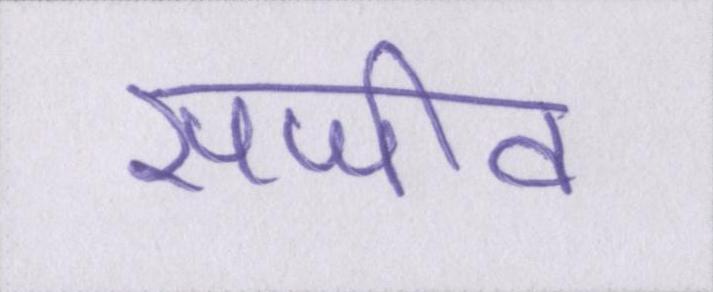
सजीव